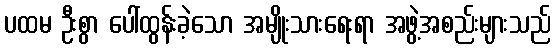
ပထမ ဦးစွာ ပေါ်ထွန်းခဲ့သော အမျိုးသားရေးရာ အဖွဲ့အစည်းများသည်